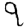
Digit: 9